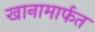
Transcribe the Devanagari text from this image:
खानामार्फत